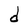
Character: d